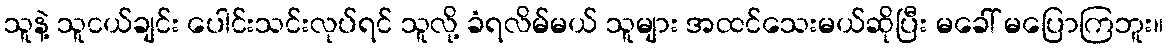
သူနဲ့ သူငယ်ချင်း ပေါင်းသင်းလုပ်ရင် သူလို့ ခံရလိမ်မယ် သူများ အထင်သေးမယ်ဆိုပြီး မခေါ် မပြောကြဘူး။